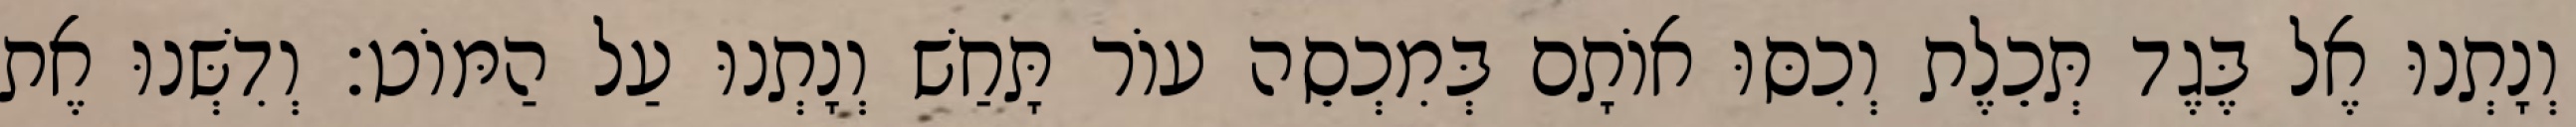
וְנָתְנוּ אֶל בֶּגֶד תְּכֵלֶת וְכִסּוּ אוֹתָם בְּמִכְסֵה עוֹר תָּחַשׁ וְנָתְנוּ עַל הַמּוֹט׃ וְדִשְּׁנוּ אֶת